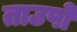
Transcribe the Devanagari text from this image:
ताउपो